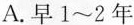
A.早1\sim2年